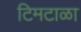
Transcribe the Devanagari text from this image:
टिमटाळा